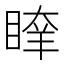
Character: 𥈖